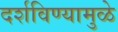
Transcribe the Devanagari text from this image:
दर्शविण्यामुळे